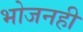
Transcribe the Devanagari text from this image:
भोजनही